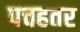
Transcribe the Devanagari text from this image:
पचहतर